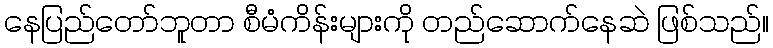
နေပြည်တော်ဘူတာ စီမံကိန်းများကို တည်ဆောက်နေဆဲ ဖြစ်သည်။